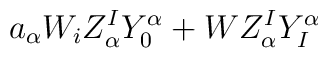
a_\alpha W_iZ^I_\alpha Y^{\alpha}_0 + WZ^I_\alpha Y^{\alpha}_I